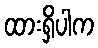
ထားရှိပါက